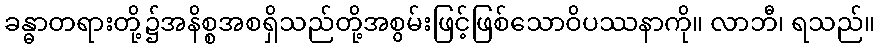
ခန္ဓာတရားတို့၌အနိစ္စအစရှိသည်တို့အစွမ်းဖြင့်ဖြစ်သောဝိပဿနာကို။ လာဘီ၊ ရသည်။